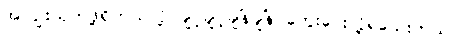
အကျိုးယုတ်ဖို့ရှိတယ်လို့ ချင့်ချင့်ချိန်ချိန် တွေးပေးလို့ရသေးတယ်။